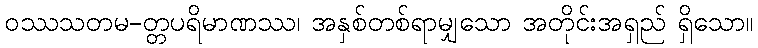
ဝဿသတမ-တ္တပရိမာဏဿ၊ အနှစ်တစ်ရာမျှသော အတိုင်းအရှည် ရှိသော။